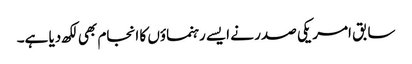
سابق امریکی صدر نے ایسے رہنماؤں کا انجام بھی لکھ دیا ہے۔